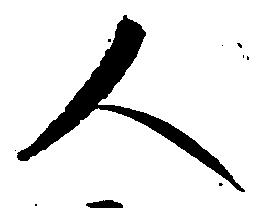
人